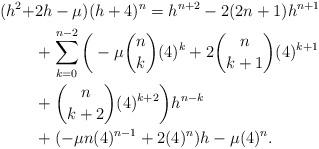
LaTeX: \begin{align*} (h^{2}+&2h-\mu)(h+4)^{n}=h^{n+2}-2(2n+1)h^{n+1}\\&+\sum_{k=0}^{n-2}\bigg(-\mu {n\choose k}(4)^{k}+2{n\choose k+1}(4)^{k+1}\\&+{n\choose k+2}(4)^{k+2}\bigg)h^{n-k}\\&+(-\mu n(4)^{n-1}+2(4)^{n})h-\mu(4)^{n}. \end{align*}